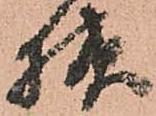
様